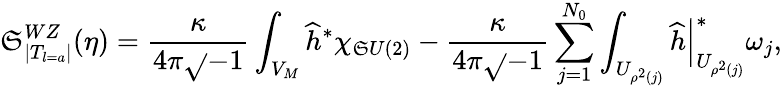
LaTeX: \mathfrak{S}_{|T_{l=a}|}^{WZ}(\eta)=\frac{{\kappa}}{{4\pi\sqrt{}{{-1}}}}\int_{V_{M}}\widehat{{h}}^{\ast}\chi_{\mathfrak{S}U(2)}-\frac{{\kappa}}{{4\pi\sqrt{}{{-1}}}}\sum_{j=1}^{N_{0}}\int_{U_{\rho^{2}(j)}}\left.\widehat{{h}}\right|_{U_{\rho^{2}(j)}}^{\ast}\omega_{j},